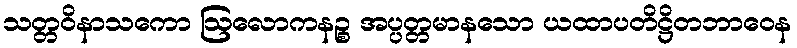
သတ္တဝိနာသကော ဩလောကနဉ္စ အပ္ပတ္တမာနသော ယထာပတိဋ္ဌိတဘာဝေန